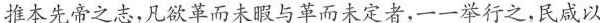
推本先帝之志，凡欲革而未暇与革而未定者，一一举行之，民咸以